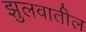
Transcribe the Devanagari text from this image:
झुलवातील